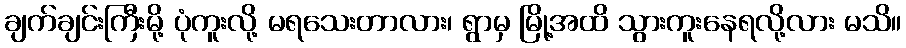
ချက်ချင်းကြီးမို့ ပုံကူးလို့ မရသေးတာလား၊ ရွာမှ မြို့အထိ သွားကူးနေရလို့လား မသိ။